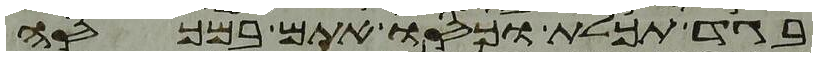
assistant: בגד תכלת וכסו אתם במכסה